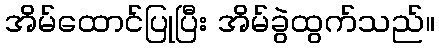
အိမ်ထောင်ပြုပြီး အိမ်ခွဲထွက်သည်။